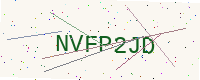
Text: NVFP2JD